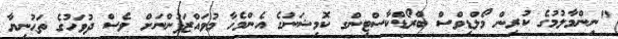
"ނިންމާލުމުގެ ކުރިން މޯލްޑިވްސް ބްރޯޑްކާސްޓިންގ ކޮމިޝަނުގެ އެންމެހާ މުވައްޒަފުންނަށް ވެސް ދުވަހުގެ ތަޙުނިޔާ